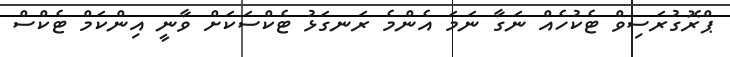
ޕްރޮގުރަސިވް ޓެކުހެއް ނަގާ ނަމަ އެންމެ ރަނގަޅު ޓެކްސަކަށް ވާނީ އިންކަމް ޓެކްސް